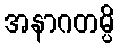
အနာဂတမ္ပိ